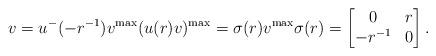
LaTeX: \begin{align*} v = u^{-}(-r^{-1}) v^{\max} (u(r)v)^{\max} = \sigma(r) v^{\max} \sigma(r) = \begin{bmatrix}0 & r \\ -r^{-1} & 0\end{bmatrix}. \end{align*}